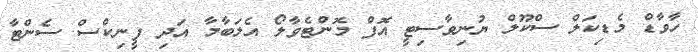
ހާވާޑް މެޑިކަލް ސްކޫލް ޔުނިވާސިޓީ އޮފް މޮންޓެވާލޯ އެލަބާމާ އަދި ފީނިކްސް ސެންޓާ